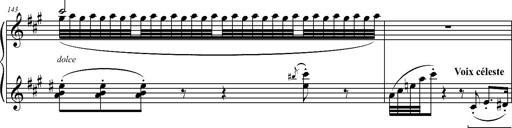
Title: 2 LÃ©gendes
Composer: Franz Liszt